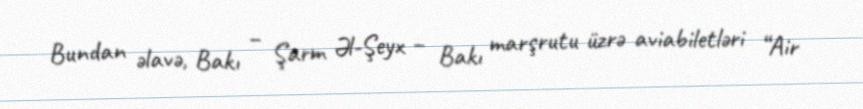
Bundan əlavə, Bakı – Şarm Əl-Şeyx – Bakı marşrutu üzrə aviabiletləri “Air